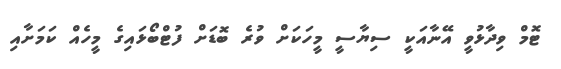
ޓޮމް ވިދާޅުވީ އޭނާއަކީ ސިޔާސީ މީހަކަށް ވުރެ ބޮޑަށް ފުޓްބޯޅައިގެ މީހެއް ކަމަށާއި